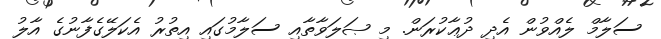
ސަލާމް ލެއްވުން އެދި ދުޢާކުރަން. މި ޞަލަވާތާއި ސަލާމުގައި އިތުރު އެކަލޭގެފާނުގެ އާލު